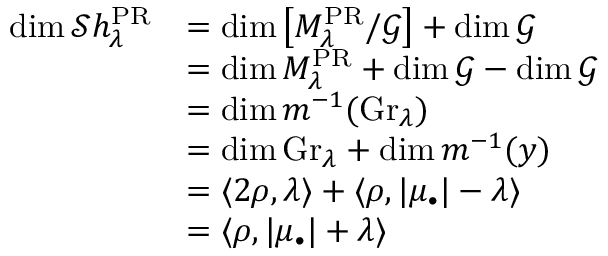
\begin{array} { r l } { \mathrm { d i m } \, \mathcal { S } h _ { \lambda } ^ { \mathrm { P R } } } & { = \mathrm { d i m } \, \big [ M _ { \lambda } ^ { \mathrm { P R } } / \mathcal { G } \big ] + \mathrm { d i m } \, \mathcal { G } } \\ & { = \mathrm { d i m } \, M _ { \lambda } ^ { \mathrm { P R } } + \mathrm { d i m } \, \mathcal { G } - \mathrm { d i m } \, \mathcal { G } } \\ & { = \mathrm { d i m } \, m ^ { - 1 } ( \mathrm { G r } _ { \lambda } ) } \\ & { = \mathrm { d i m } \, \mathrm { G r } _ { \lambda } + \mathrm { d i m } \, m ^ { - 1 } ( y ) } \\ & { = \langle 2 \rho , \lambda \rangle + \langle \rho , | \mu _ { \bullet } | - \lambda \rangle } \\ & { = \langle \rho , | \mu _ { \bullet } | + \lambda \rangle } \end{array}